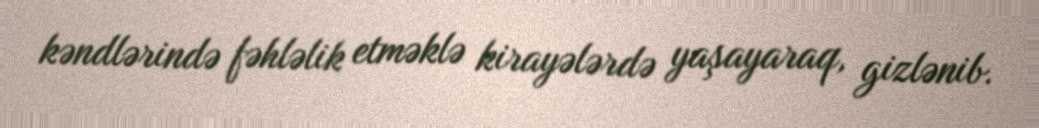
kəndlərində fəhləlik etməklə kirayələrdə yaşayaraq, gizlənib.